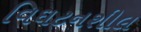
વિઘટનશીલ